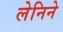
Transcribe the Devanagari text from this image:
लेनिने